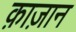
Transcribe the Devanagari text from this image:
क़ाज़ान